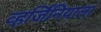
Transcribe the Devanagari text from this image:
व्हर्जिनियाला